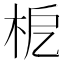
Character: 𣐖